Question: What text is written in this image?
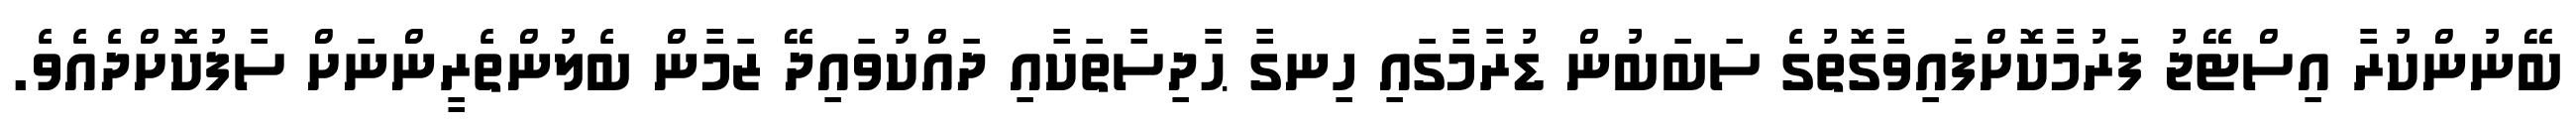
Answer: ބޭނުންކުރާ އިސްޓޭޖު ފަރުމާކޮށްފައިވާގޮތުގެ ސަބަބުން ޑުރާމާގައި ހިނގާ ޙާދިސާތަކާއި ދައްކުވައިދޭ ޒަމާން ބެލުންތެރީންނަށް ސާފުކޮށްދެއެވެ.